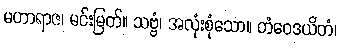
မဟာရာဇ၊ မင်းမြတ်။ သဗ္ဗံ၊ အလုံးစုံသော။ တံဝေဒယိတံ၊